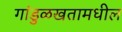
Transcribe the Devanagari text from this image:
गांडुळखतामधील